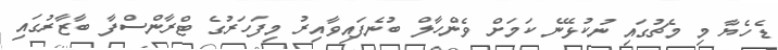
ޑެހެޔާ މި މެޗުގައި ނުކުޅޭނެ ކަމަށް ވެންހާލް ބުނެފައިވާއިރު މިފަހަރުގެ ޓްރާންސްފާ ބާޒާރުގައި